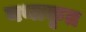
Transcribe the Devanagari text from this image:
यथाकृत